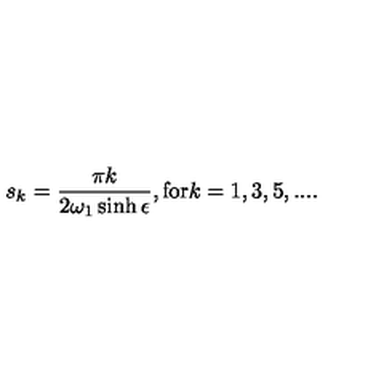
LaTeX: s _ { k } = \frac { \pi k } { 2 \omega _ { 1 } \sinh \epsilon } , \mathrm { f o r } k = 1 , 3 , 5 , . . . .